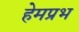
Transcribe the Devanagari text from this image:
हेमप्रभ